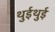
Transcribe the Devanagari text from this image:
थुईथुई